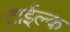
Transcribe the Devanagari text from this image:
टाईल्क